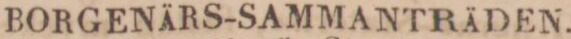
BORGENÄRS-SAMMANTRÄDEN.